Indian journal of veterinary science and animal husbandry - Volumes 15-17, 1948-1951
Year: 1948
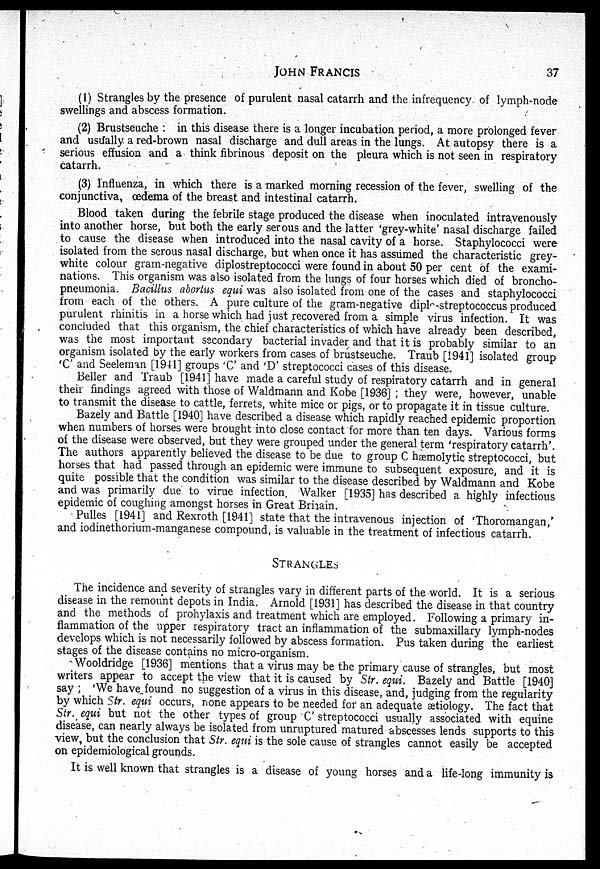
JOHN
FRANCIS
37
(1) Strangles by the presence of purulent nasal catarrh and the infrequency of lymph-node
swellings and abscess formation.
(2) Brustseuche : in this disease there is a longer incubation period, a more prolonged fever
and usually a red-brown nasal discharge and dull areas in the lungs. At autopsy there is a
serious effusion and a think fibrinous deposit on the pleura which is not seen in respiratory
catarrh.
(3) Influenza, in which there is a marked morning recession of the fever, swelling of the
conjunctiva, œdema of the breast and intestinal catarrh.
Blood taken during the febrile stage produced the disease when inoculated intravenously
into another horse, but both the early serous and the latter 'grey-white' nasal discharge failed
to cause the disease when introduced into the nasal cavity of a horse. Staphylococci were
isolated from the serous nasal discharge, but when once it has assumed the characteristic grey-
white colour gram-negative diplostreptococci were found in about 50 per cent of the exami-
nations. This organism was also isolated from the lungs of four horses which died of broncho-
pneumonia. Bacillus abortus equi was also isolated from one of the cases and staphylococci
from each of the others. A pure culture of the gram-negative diple-streptococcus produced
purulent rhinitis in a horse which had just recovered from a simple virus infection. It was
concluded that this organism, the chief characteristics of which have already been described,
was the most important secondary bacterial invader and that it is probably similar to an
organism isolated by the early workers from cases of brustseuche. Traub [1941] isolated group
'C' and Seeleman [1941] groups 'C' and 'D' streptococci cases of this disease.
Beller and Traub [1941] have made a careful study of respiratory catarrh and in general
their findings agreed with those of Waldmann and Kobe [1936] ; they were, however, unable
to transmit the disease to cattle, ferrets, white mice or pigs, or to propagate it in tissue culture.
Bazely and Battle [1940] have described a disease which rapidly reached epidemic proportion
when numbers of horses were brought into close contact for more than ten days. Various forms
of the disease were observed, but they were grouped under the general term 'respiratory catarrh'.
The authors apparently believed the disease to be due to group C hæmolytic streptococci, but
horses that had passed through an epidemic were immune to subsequent exposure, and it is
quite possible that the condition was similar to the disease described by Waldmann and Kobe
and was primarily due to virue infection. Walker [1935] has described a highly infectious
epidemic of coughing amongst horses in Great Britain.
Pulles [1941] and Rexroth [1941] state that the intravenous injection of 'Thoromangan,'
and iodinethorium-manganese compound, is valuable in the treatment of infectious catarrh.
STRANGLES
The incidence and severity of strangles vary in different parts of the world. It is a serious
disease in the remount depots in India. Arnold [1931] has described the disease in that country
and the methods of prohylaxis and treatment which are employed. Following a primary in-
flammation of the upper respiratory tract an inflammation of the submaxillary lymph-nodes
develops which is not necessarily followed by abscess formation. Pus taken during the earliest
stages of the disease contains no micro-organism.
Wooldridge [1936] mentions that a virus may be the primary cause of strangles, but most
writers appear to accept the view that it is caused by Str. equi. Bazely and Battle [1940]
say ; 'We have found no suggestion of a virus in this disease, and, judging from the regularity
by which Str. equi occurs, none appears to be needed for an adequate ætiology. The fact that
Str. equi but not the other types of group C' streptococci usually associated with equine
disease, can nearly always be isolated from unruptured matured abscesses lends supports to this
view, but the conclusion that Str. equi is the sole cause of strangles cannot easily be accepted
on epidemiological grounds.
It is well known that strangles is a disease of young horses and a life-long immunity is